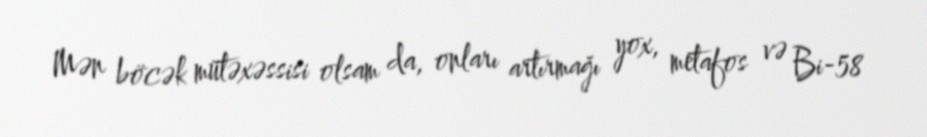
Mən böcək mütəxəssisi olsam da, onları artırmağı yox, metafos və Bi-58